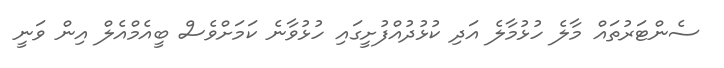
ސެންޓަރުތައް މާލެ ހުޅުމާލެ އަދި ކުޅުދުއްފުށީގައި ހުޅުވާނެ ކަމަށްވެސް ބީއެމްއެލް އިން ވަނީ